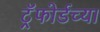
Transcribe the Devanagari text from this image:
ट्रॅफोर्डच्या